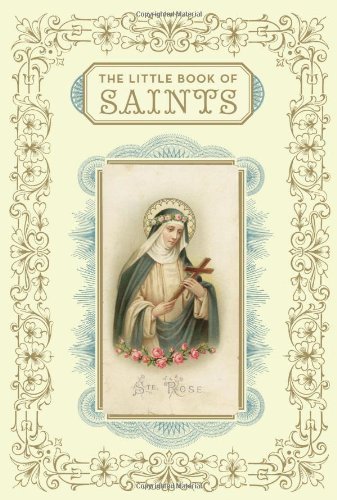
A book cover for The Little Book of Saints; Christine Barrely; Christian Books & Bibles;